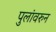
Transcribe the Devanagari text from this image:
पुलांवरुन